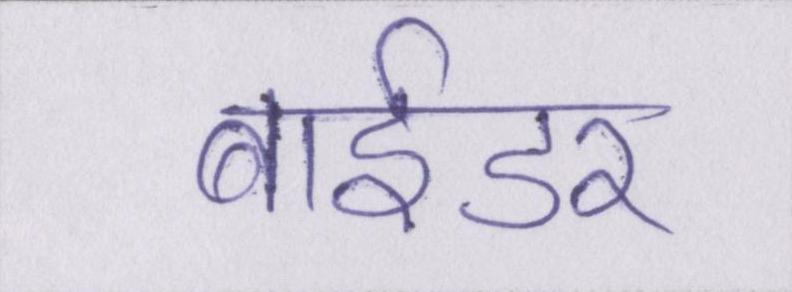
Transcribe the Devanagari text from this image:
बाईडर